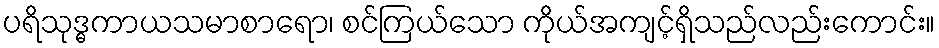
ပရိသုဒ္ဓကာယသမာစာရော၊ စင်ကြယ်သော ကိုယ်အကျင့်ရှိသည်လည်းကောင်း။